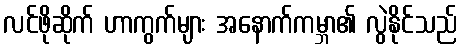
လင်ဖိုဆိုက် ဟာကွက်များ အနောက်ကမ္ဘာ၏ လွဲနိုင်သည်